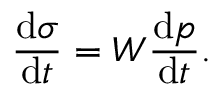
\frac { \mathrm { d } \sigma } { \mathrm { d } t } = W \frac { \mathrm { d } p } { \mathrm { d } t } .